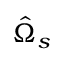
\hat { \Omega } _ { s }